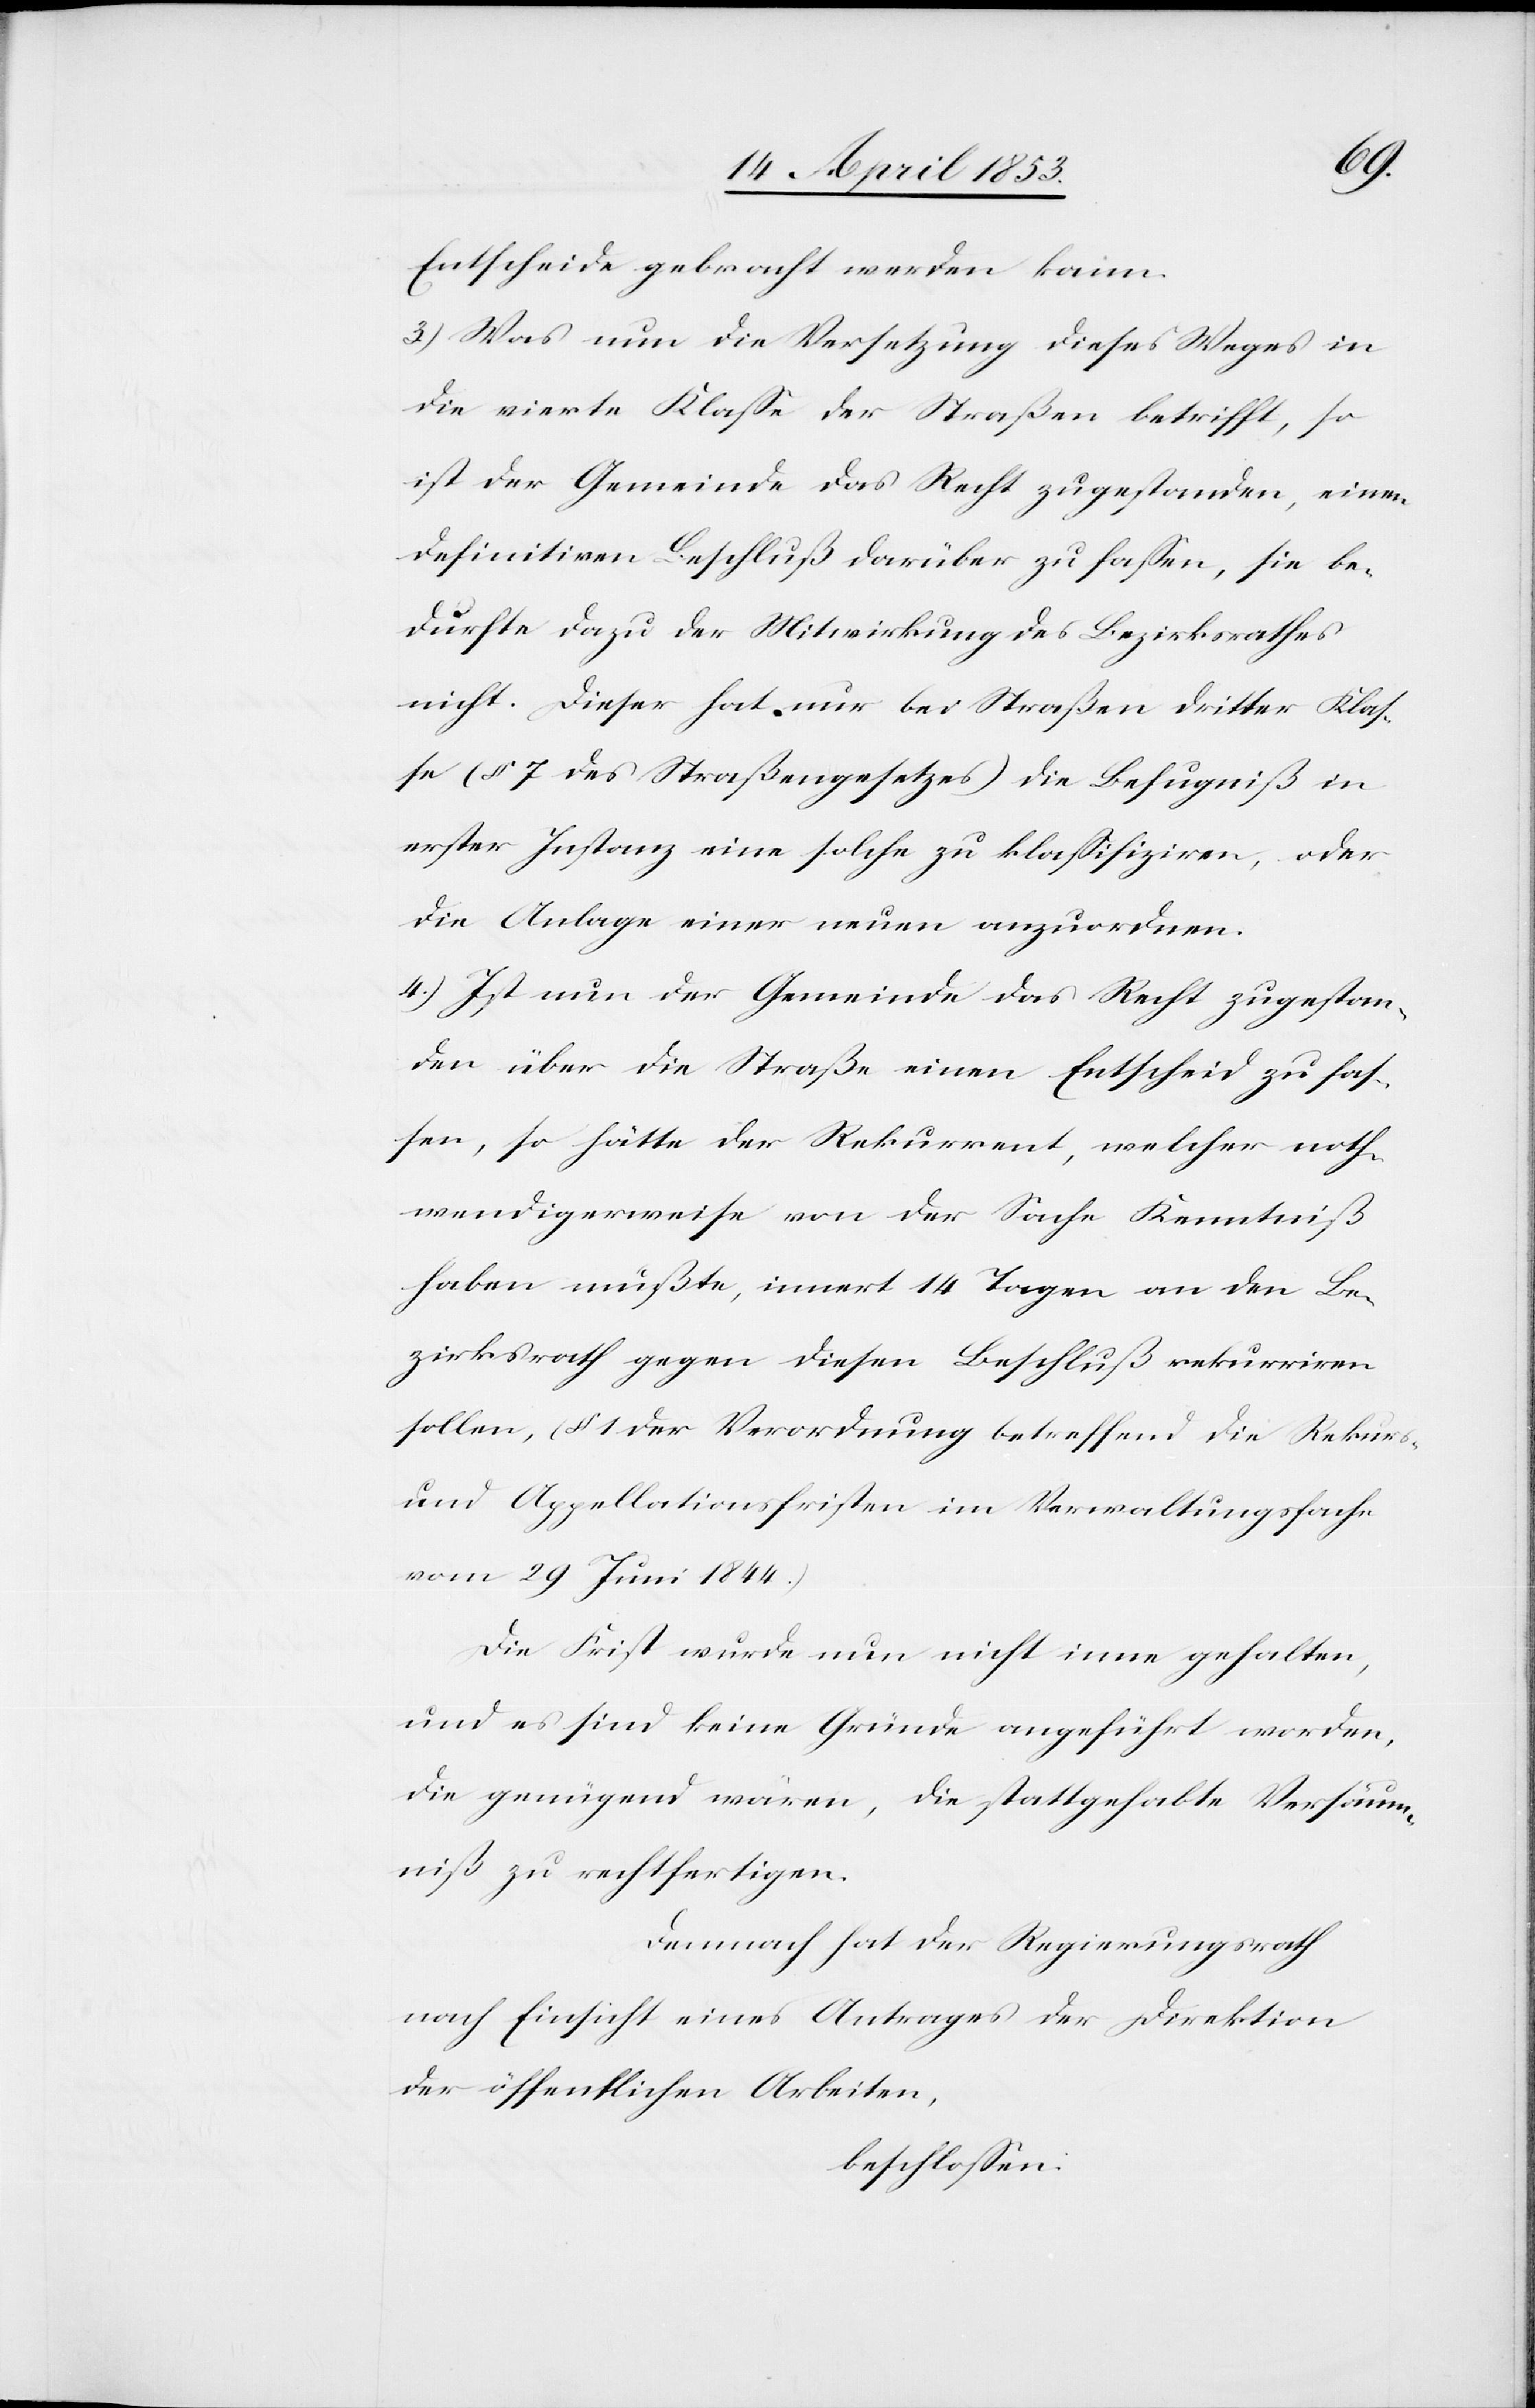
Entscheide gebracht werden kann.
3.) Was nun die Versetzung dieses Weges in
die vierte Klaße der Straßen betrifft, so
ist der Gemeinde das Recht zugestanden, einen
definitiven Beschluß darüber zu faßen, sie be¬
dürfe dazu der Mitwirkung des Bezirksrathes
nicht. Dieser hat nur bei Straßen dritter Klas¬
se (§ 7 des Straßengesetzes) die Befugniß in
erster Instanz eine solche zu klaßifiziren, oder
die Anlage einer neuen anzuordnen.
4.) Ist nun der Gemeinde das Recht zugestan¬
den über die Straße einen Entscheid zu fas¬
sen, so hätte der Rekurrent, welcher noth¬
wendigerwiese von der Sache Kenntniß
haben müßte, innert 14 Tagen an den Be¬
zirksrath gegen diesen Beschluß rekurriren
sollen, (§ 1 der Verordnung betreffend den Rekurs-
und Appellationsfristen im Verwaltungsfache
vom 29 Juni 1844.)
Die Frist wurde nun nicht inne gehalten,
und es sind keine Gründe angeführt worden,
die genügend wären, die stattgehabte Versäum¬
niß zu rechtfertigen.
Demnach hat der Regierungsrath
nach Einsicht eines Antrages der Direktion
der öffentlichen Arbeiten,
beschloßen: